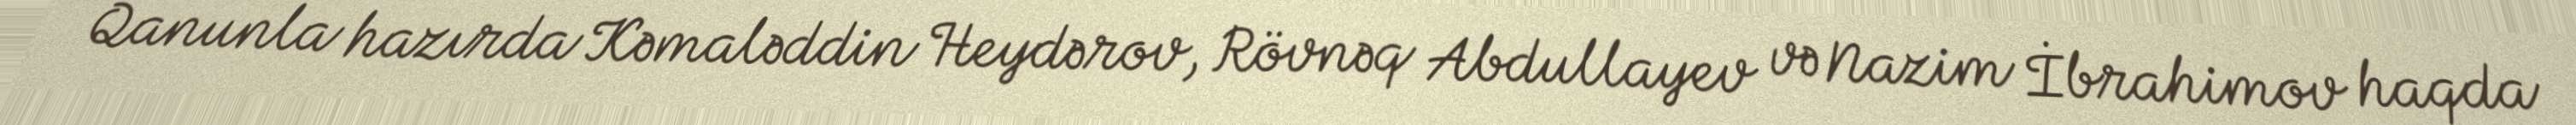
Qanunla hazırda Kəmaləddin Heydərov, Rövnəq Abdullayev və Nazim İbrahimov haqda